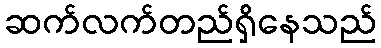
ဆက်လက်တည်ရှိနေသည်